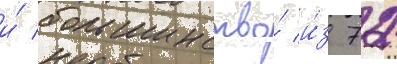
и́ большинство́ и́з 72